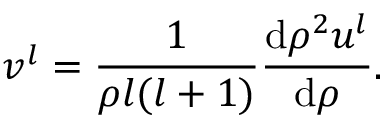
v ^ { l } = \frac { 1 } { \rho l ( l + 1 ) } \frac { \mathrm { d } \rho ^ { 2 } u ^ { l } } { \mathrm { d } \rho } .